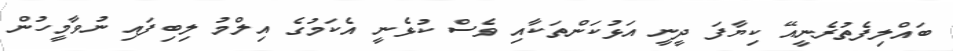
ބައްލިފެތުރެނީއޭ ކިޔާފަ ދީނީ އަޅުކަންތަކާއި ވެސް ކުޅެނީ އެކަމުގެ އިލްމު ލިބިފައި ނުވާމީހުން